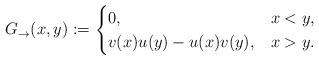
LaTeX: \begin{align*}G_\rightarrow (x,y):=\begin{cases}0,&x<y,\\ v (x)u(y)-u(x)v (y),&x>y.\end{cases}\end{align*}